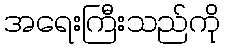
အရေးကြီးသည်ကို